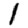
Digit: 1